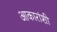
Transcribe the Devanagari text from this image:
आकारांशी